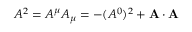
A ^ { 2 } = A ^ { \mu } A _ { \mu } = - ( A ^ { 0 } ) ^ { 2 } + \mathbf { A } \cdot \mathbf { A }